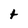
Character: t